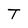
Character: T